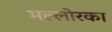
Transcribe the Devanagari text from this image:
मल्लोरका